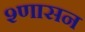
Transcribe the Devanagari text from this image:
श्णासन